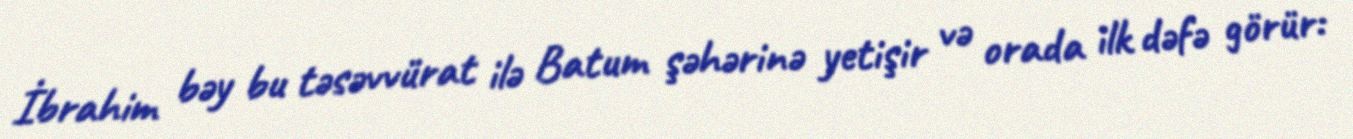
İbrahim bəy bu təsəvvürat ilə Batum şəhərinə yetişir və orada ilk dəfə görür: